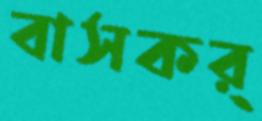
বাসকর্